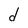
Character: d